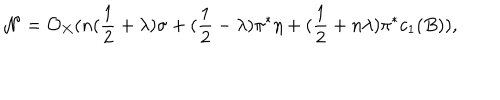
LaTeX: { \cal N } = { \cal O } _ { X } ( n ( \frac { 1 } { 2 } + \lambda ) \sigma + ( \frac { 1 } { 2 } - \lambda ) \pi ^ { * } \eta + ( \frac { 1 } { 2 } + n \lambda ) \pi ^ { * } c _ { 1 } ( B ) ) ,